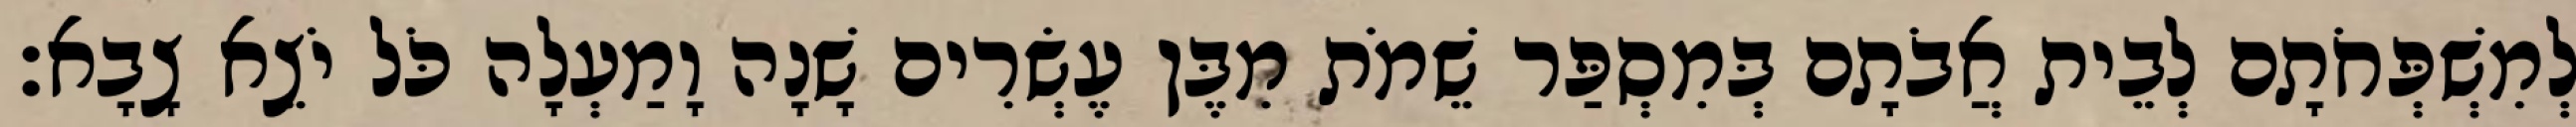
לְמִשְׁפְּחֹתָם לְבֵית אֲבֹתָם בְּמִסְפַּר שֵׁמֹת מִבֶּן עֶשְׂרִים שָׁנָה וָמַעְלָה כֹּל יֹצֵא צָבָא׃